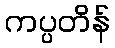
ကပ္ပတိန်